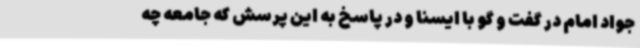
جواد امام در گفت و گو با ایسنا و در پاسخ به این پرسش که جامعه چه